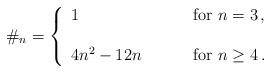
LaTeX: \begin{align*}\#_{n}=\left\{\begin{array}{ll}1~~~~&\mbox{for}~n=3\,,\\{}&{}\\4n^{2}-12n~~~~~~~&\mbox{for}~n\geq 4\,.\end{array}\right.\end{align*}